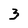
Character: 3